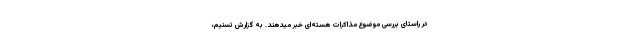
در راستای بررسی موضوع مذاکرات هسته‌ای خبر میدهند. به گزارش تسنیم،